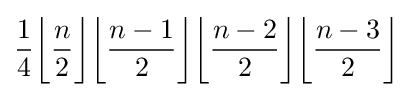
{\frac {1}{4}}{\biggl \lfloor }{\frac {n}{2}}{\biggr \rfloor }{\biggl \lfloor }{\frac {n-1}{2}}{\biggr \rfloor }{\biggl \lfloor }{\frac {n-2}{2}}{\biggr \rfloor }{\biggl \lfloor }{\frac {n-3}{2}}{\biggr \rfloor }